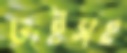
ভাইসহ